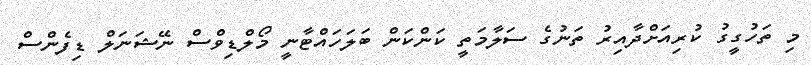
މި ތަހުގީގު ކުރިއަށްދާއިރު ތަނުގެ ސަލާމަތީ ކަންކަން ބަލަހައްޓާނީ މޯލްޑިވްސް ނޭޝަނަލް ޑިފެންސް